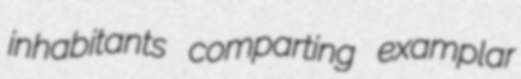
inhabitants comparting examplar